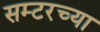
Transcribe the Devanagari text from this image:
सम्टरच्या